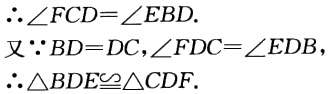
\(\therefore\angle FCD = \angle EBD.\)
又\(\because BD = DC,\angle FDC=\angle EDB\)
\(\therefore\triangle BDE\cong\triangle CDF.\)